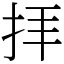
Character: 拝